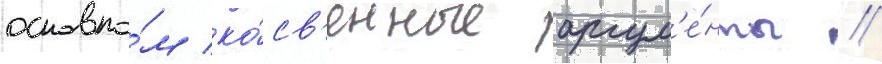
основно́м ко́св'енные аргум'е́нты //